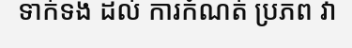
ទាក់ទង ដល់ ការកំណត់ ប្រភព វា